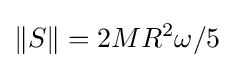
\Vert S\Vert =2MR^{2}\omega /5